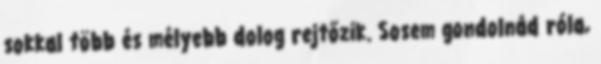
sokkal több és mélyebb dolog rejtőzik. Sosem gondolnád róla,